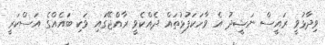
ވިދާޅުވީ ރައީސް ނަޝީދު އެ ވާހަކަފުޅުތައް ދެއްކެވީ ރާއްޖޭގައި ވަކި ބައެއްގެ އަސްކަރީ